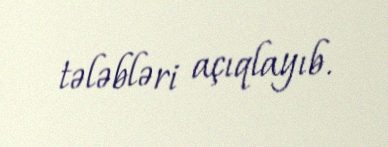
tələbləri açıqlayıb.